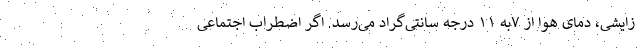
زایشی، دمای هوا از ۷به ۱۱ درجه سانتی‌گراد می‌رسد. اگر اضطراب اجتماعی